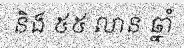
និង ៥៥ លាន ឆ្នាំ